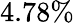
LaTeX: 4.78\%